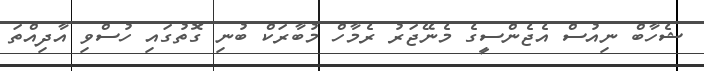
ޝެހާބް ނިއުސް އެޖެންސީގެ މެނޭޖަރު ރެމާހް މުބާރަކް ބުނި ގޮތުގައި ހުސްވި އާދިއްތަ